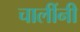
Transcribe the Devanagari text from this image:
चालींनी